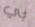
بي